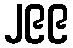
၂၉၉